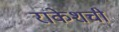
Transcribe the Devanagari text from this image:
राकेशची